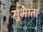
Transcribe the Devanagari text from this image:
सुभाता